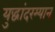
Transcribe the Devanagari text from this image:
युद्धांदरम्यान